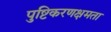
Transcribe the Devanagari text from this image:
पुष्टिकरणक्षमता